Vaccination Hyderabad 1872-1889 - 1872-1889
Year: 1872
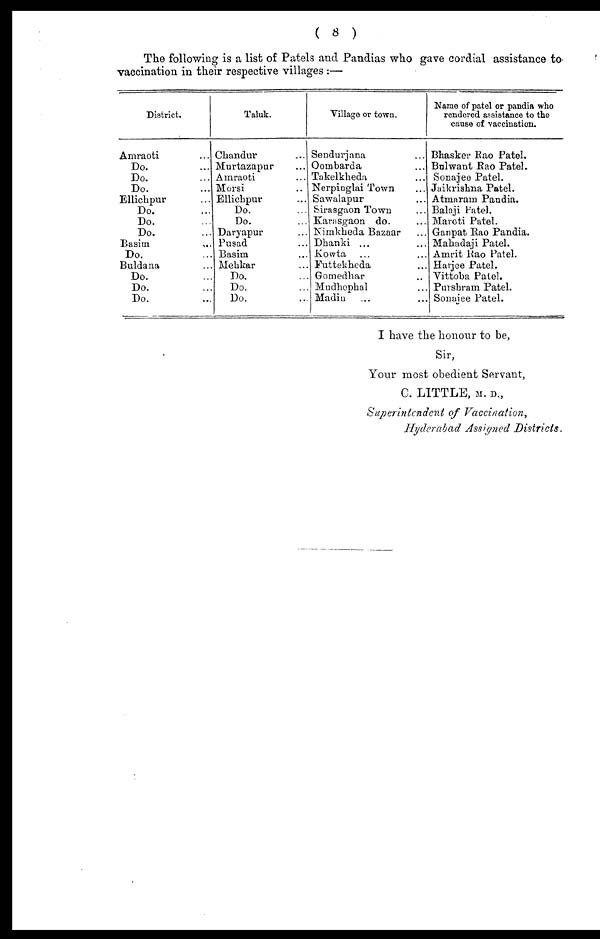
( 8 )
The following is a list of Patels and Pandias who gave cordial assistance to-
vaccination in their respective villages :—
District.
Amraoti ...
Do. ...
Do. ...
Do. ...
Ellichpur ...
Do. ...
Do. ...
Do. ...
Basim ...
Do. ...
Buldana ...
Do. ...
Do. ...
Do. ...
Taluk.
Chandur ...
Murtazapur ...
Amraoti ...
Morsi ...
Ellichpur ...
Do. ...
Do. ...
Daryapur ...
Pusad ...
Basim ...
Mehkar ...
Do. ...
Do. ...
Do. ...
Village or town.
Sendurjana ...
Oombarda ...
Takelkheda ...
Nerpinglai Town ...
Sawalapur ...
Sirasgaon Town ...
Karasgaon do. ...
Nimkheda Bazaar ...
Dhanki ...
Kowta ...
Futtekheda ...
Gomedhar ...
Mudhephal ...
Madin ...
Name of patel or pandia who
rendered assistance to the
cause of vaccination.
Bhasker Rao Patel.
Bulwant Rao Patel.
Sonajee Patel.
Jaikrishna Patel.
Atmaram Pandia.
Balaji Patel.
Maroti Patel.
Ganpat Rao Pandia.
Mahadaji Patel.
Amrit Rao Patel.
Harjee Patel.
Vittoba Patel.
Parshram Patel.
Sonajee Patel.
I have the honour to be,
Sir,
Your most obedient Servant,
C. LITTLE, M. D.,
Superintendent of Vaccination,
Hyderabad Assigned Districts.